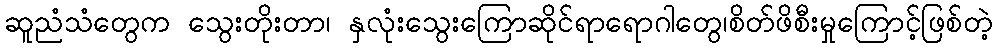
ဆူညံသံတွေက သွေးတိုးတာ၊ နှလုံးသွေးကြောဆိုင်ရာရောဂါတွေ၊စိတ်ဖိစီးမှုကြောင့်ဖြစ်တဲ့